Source: Handwritten
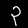
Digit: ၃ (3)